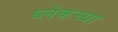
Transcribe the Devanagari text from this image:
ब्लेकच्या